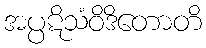
အပ္ပဋိသံဝိဒိတောတိ